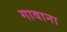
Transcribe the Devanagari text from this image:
गावाना